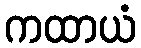
ကထာယံ